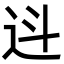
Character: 䢏